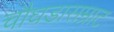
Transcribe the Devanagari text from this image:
चौघडासम्राट